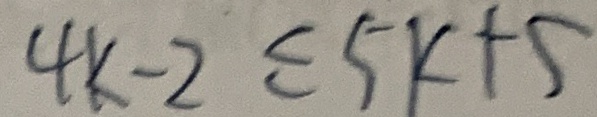
4 k - 2 \leq 5 k + 5